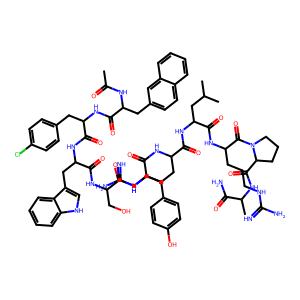
SMILES: CC(=O)NC(Cc1ccc2ccccc2c1)C(=O)NC(Cc1ccc(Cl)cc1)C(=O)NC(Cc1c[nH]c2ccccc12)C(=O)NC(CO)C(=O)NC(Cc1ccc(O)cc1)C(=O)NC(CCCNC(=N)N)C(=O)NC(CC(C)C)C(=O)NC(CCCNC(=N)N)C(=O)N1CCCC1C(=O)NC(C)C(N)=O
Inhibits HIV replication: No